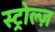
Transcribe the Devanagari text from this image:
स्ट्रोल्ज़